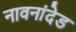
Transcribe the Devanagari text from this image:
नावनांदेड